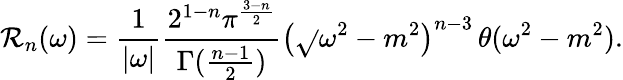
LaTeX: \mathcal{R}_{n}(\omega)=\frac{{1}}{{|\omega|}}\frac{{2^{1-n}\pi^{\frac{{3-n}}{{2}}}}}{{\Gamma(\frac{{n-1}}{{2}})}}\left(\sqrt{}{{\omega^{2}-m^{2}}}\right)^{n-3}\, \theta(\omega^{2}-m^{2}).